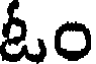
ఓం